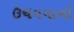
ઉચવવાનો